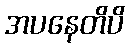
အပနေတိပိ